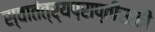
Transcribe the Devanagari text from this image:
स्वातंत्र्यप्राप्तीसाठी